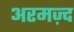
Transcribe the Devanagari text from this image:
अरमज़्द